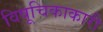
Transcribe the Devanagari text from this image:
विषूचिकाकारी